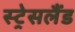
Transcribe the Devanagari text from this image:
स्ट्रेसलैंड